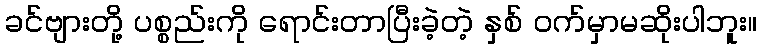
ခင်ဗျားတို့ ပစ္စည်းကို ရောင်းတာပြီးခဲ့တဲ့ နှစ် ဝက်မှာမဆိုးပါဘူး။